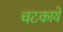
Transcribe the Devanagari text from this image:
चटकाये